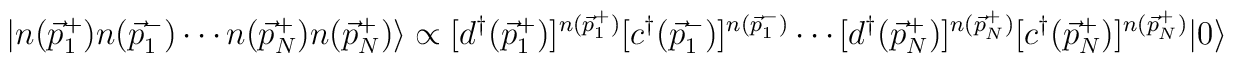
|n({\vec p}_1^+)n({\vec p}_1^-) \cdots n({\vec p}_N^+)n({\vec p}_N^+)\rangle \propto [d^{\dag}({\vec p}_1^+)]^{n({\vec p}_1^+)}[c^{\dag}({\vec p}_1^-)]^{n({\vec p}_1^-)}\cdots [d^{\dag}({\vec p}_N^+)]^{n({\vec p}_N^+)}[c^{\dag}({\vec p}_N^+)]^{n({\vec p}_N^+)} |0 \rangle